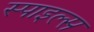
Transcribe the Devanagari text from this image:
स्पाइल्स